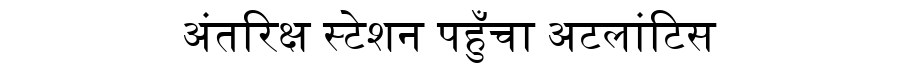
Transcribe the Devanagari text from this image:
अंतरिक्ष स्टेशन पहुँचा अटलांटिस